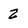
Character: Z